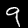
Digit: 9